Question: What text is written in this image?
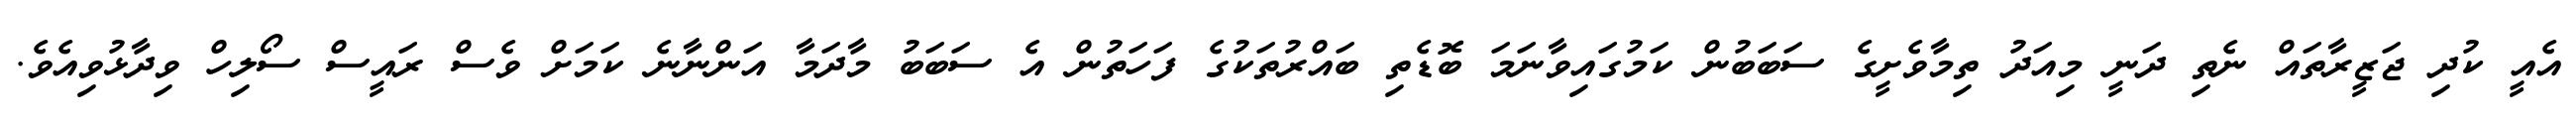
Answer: އެއީ ކުދި ޖަޒީރާތައް ނެތި ދަނީ މިއަދު ތިމާވެށީގެ ސަބަބުން ކަމުގައިވާނަމަ ބޮޑެތި ބައްރުތަކުގެ ފަހަތުން އެ ސަބަބު މާދަމާ އަންނާނެ ކަމަށް ވެސް ރައީސް ސޯލިހް ވިދާޅުވިއެވެ.